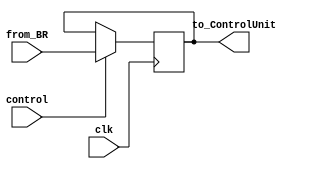
module IR(
input clk,
input control,         //control=1BRCU
input [7:0]from_BR,
output reg [7:0]to_ControlUnit
    );
always@ (posedge clk)
begin
    if(control==1) to_ControlUnit<=from_BR;
end
endmodule